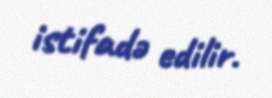
istifadə edilir.